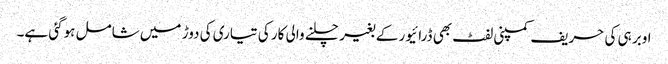
اوبر ہی کی حریف کمپنی لفٹ بھی ڈرائیور کے بغیر چلنے والی کار کی تیاری کی دوڑ میں شامل ہوگئی ہے۔